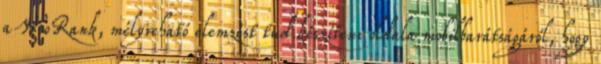
a WooRank, mélyreható elemzést tud készíteni oldala mobilbarátságáról, hogy